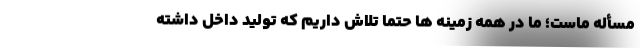
مسأله ماست؛ ما در همه زمینه ها حتماً تلاش داریم که تولید داخل داشته